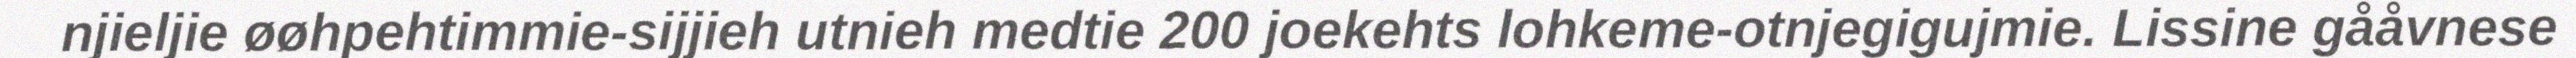
njieljie øøhpehtimmie-sijjieh utnieh medtie 200 joekehts lohkeme-otnjegigujmie. Lissine gååvnese